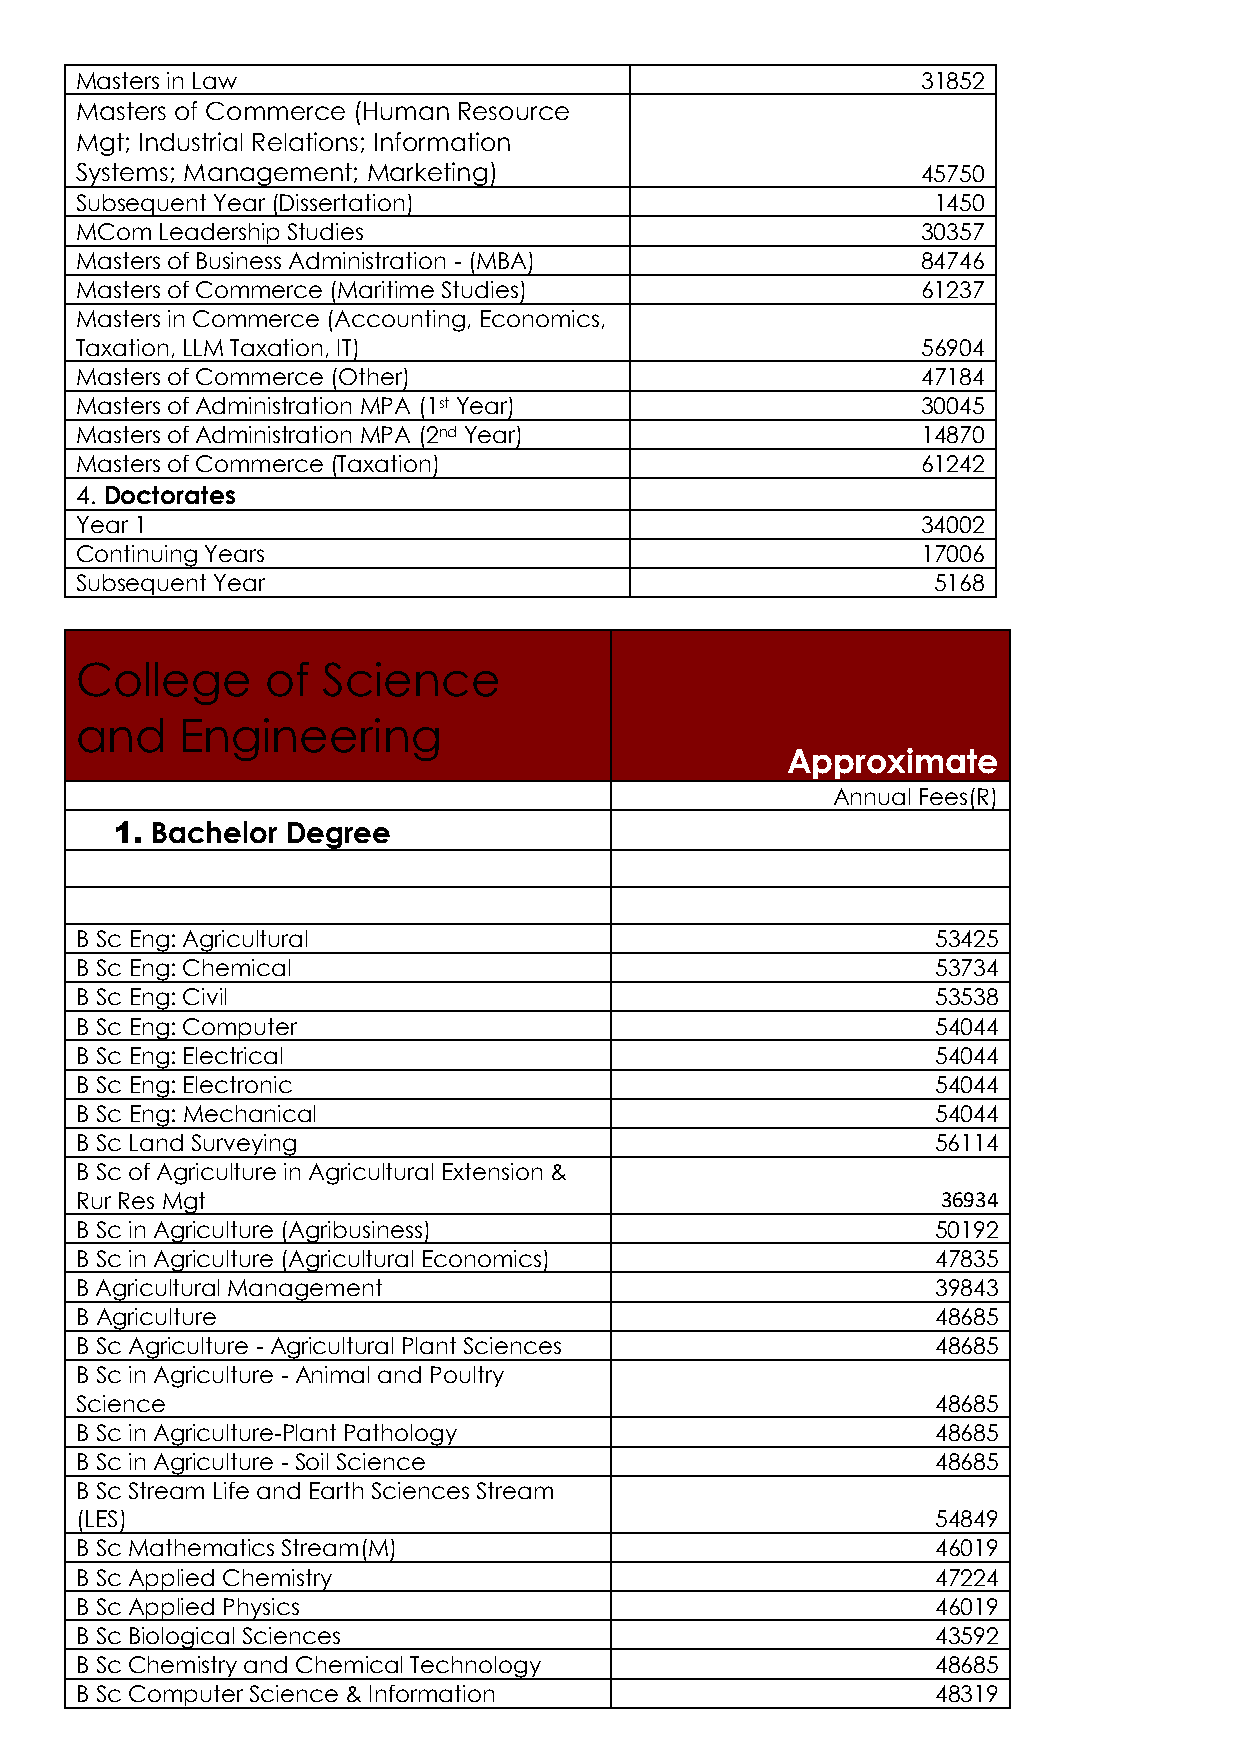
Masters in Law                                          31852
 Masters of Commerce (Human Resource
 Mgt; Industrial Relations; Information
 Systems; Management; Marketing)                         45750
 Subsequent Year (Dissertation)                           1450
 MCom  Leadership Studies                                30357
 Masters of Business Administration - (MBA)              84746
 Masters of Commerce (Maritime Studies)                  61237
 Masters in Commerce (Accounting, Economics,
 Taxation, LLM Taxation, IT)                             56904
 Masters of Commerce (Other)                             47184
 Masters of Administration MPA (1st Year)                30045
 Masters of Administration MPA (2nd Year)                14870
 Masters of Commerce (Taxation)                          61242
 4. Doctorates
 Year 1                                                  34002
 Continuing Years                                        17006
 Subsequent Year                                          5168
 College      of Science
 and    Engineering
 Approximate
 Annual Fees(R)
 1. Bachelor Degree
 B Sc Eng: Agricultural                                   53425
 B Sc Eng: Chemical                                       53734
 B Sc Eng: Civil                                          53538
 B Sc Eng: Computer                                       54044
 B Sc Eng: Electrical                                     54044
 B Sc Eng: Electronic                                     54044
 B Sc Eng: Mechanical                                     54044
 B Sc Land Surveying                                      56114
 B Sc of Agriculture in Agricultural Extension &
 Rur Res Mgt                                              36934
 B Sc in Agriculture (Agribusiness)                       50192
 B Sc in Agriculture (Agricultural Economics)             47835
 B Agricultural Management                                39843
 B Agriculture                                            48685
 B Sc Agriculture - Agricultural Plant Sciences           48685
 B Sc in Agriculture - Animal and Poultry
 Science                                                  48685
 B Sc in Agriculture-Plant Pathology                      48685
 B Sc in Agriculture - Soil Science                       48685
 B Sc Stream Life and Earth Sciences Stream
 (LES)                                                    54849
 B Sc Mathematics Stream(M)                               46019
 B Sc Applied Chemistry                                   47224
 B Sc Applied Physics                                     46019
 B Sc Biological Sciences                                 43592
 B Sc Chemistry and Chemical Technology                   48685
 B Sc Computer Science & Information                      48319